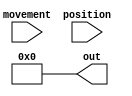
/*
   This file was generated automatically by the Mojo IDE version B1.3.5.
   Do not edit this file directly. Instead edit the original Lucid source.
   This is a temporary file and any changes made to it will be destroyed.
*/

module move_9 (
    input [3:0] movement,
    input [399:0] position,
    output reg [399:0] out
  );
  
  
  
  reg [399:0] placehold;
  
  integer loop;
  
  always @* begin
    placehold = 400'h0000000000000000000000000000000000000000000000000000000000000000000000000000000000000000000000000000;
    for (loop = 2'h2; loop < 5'h12; loop = loop + 1'h1) begin
      if ((|position[(loop)*20+19-:20])) begin
        
        case (movement)
          1'h0: begin
            placehold = position;
          end
          1'h1: begin
            placehold[(loop + 1'h1)*20+19-:20] = position[(loop)*20+19-:20];
          end
          2'h2: begin
            placehold[(loop - 1'h1)*20+19-:20] = position[(loop)*20+19-:20];
          end
          3'h4: begin
            placehold[(loop)*20+19-:20] = position[(loop)*20+19-:20] << 1'h1;
          end
          4'h8: begin
            placehold[(loop)*20+19-:20] = position[(loop)*20+19-:20] >> 1'h1;
          end
        endcase
      end
    end
    out = placehold;
  end
endmodule